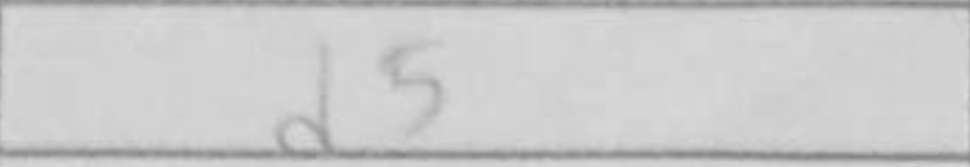
Transcription: d5